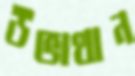
উভাথান